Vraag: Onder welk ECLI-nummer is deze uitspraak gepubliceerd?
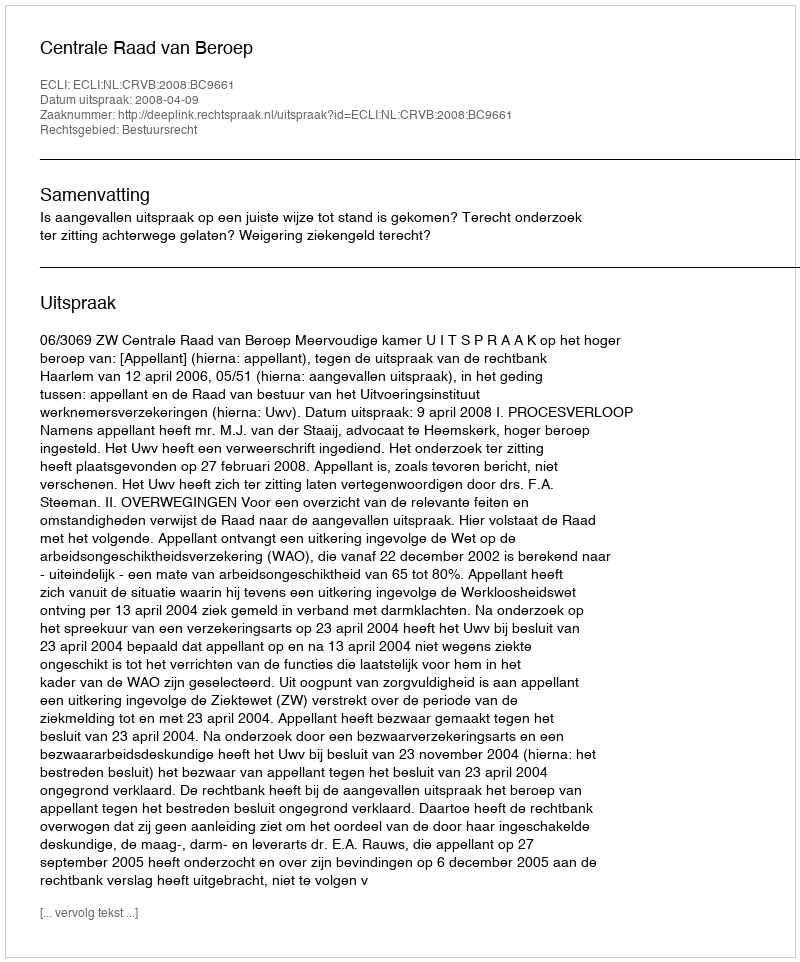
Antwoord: ECLI:NL:CRVB:2008:BC9661